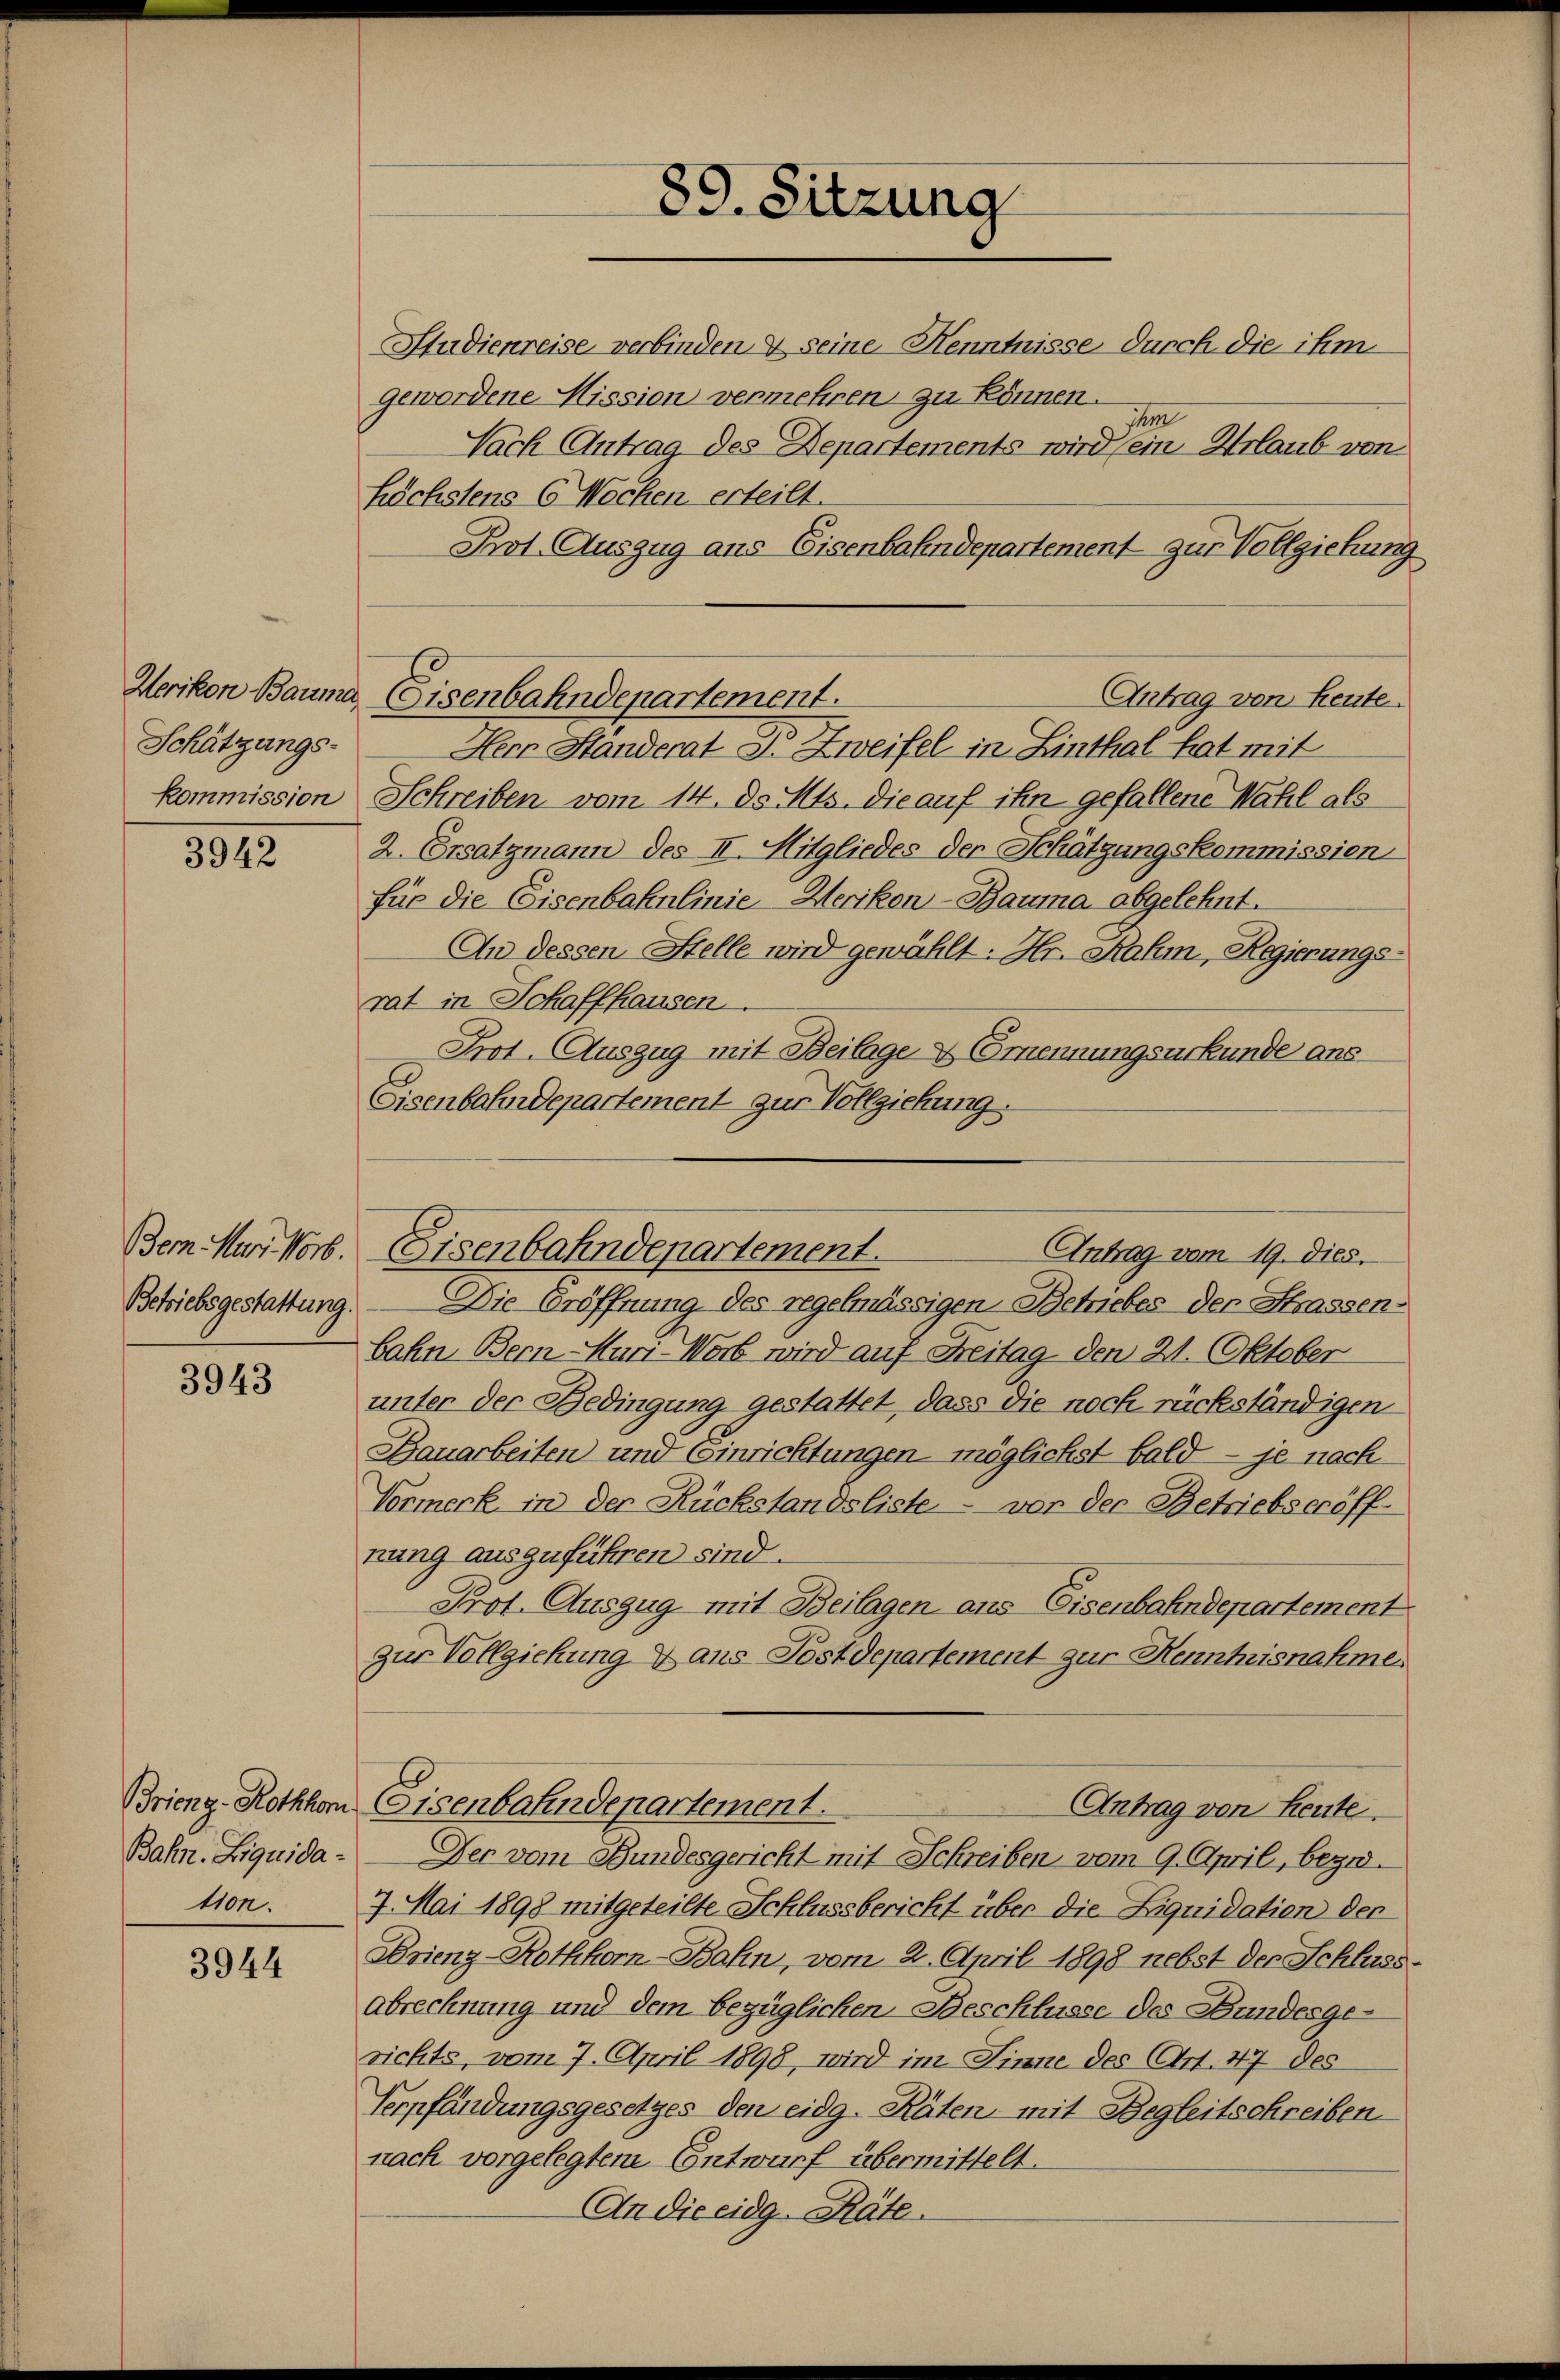
Werikon Bauma,
Schätzungs-

3942

Bern. Nur Norb.
Betriebsgestattung.

3943

Brieng-Rothkom
Bahn. Liquidation.

3944

Studienreise verbinden & seine Kenntnisse durch die ihm
gewordene Mission vermehren zu können.
sem
Nach Antrag des Departements wird ein Urlaub von
höchstens 6 Wochen erteilt.
Prot. Auszug aus Eisenbahndepartement zur Vollziehung
Herr Ständerat Dr Zweifel in Linthal hat mit
kommission Schreiben vom 14. d. Mts. die auf ihn gefallene Wahl als
2. Ersatzmann des II. Mitgliedes der Schätzungskommissien
für die Eisenbahnlinie Heriken-Bauma abgelehnt.
An dessen Stelle wird gewählt: Hr. Rahm, Regierungs-
rat in Schaffhausen.
Prot. Auszug mit Beilage & Brennungsurkunde ans
Eisenbahndepartement zur Vollziehung.
Die Eröffnung des regelmässigen Betriebes der Strassen-
bahn Bern-Huri-Worb wird auf Freitag, den 21. Oktober
unter der Bedingung gestattet, dass die noch rückständigen
Bauarbeiten und Einrichtungen möglichst bald - je nach
Vormerk in der Rückstandsliste - vor der Betriebseröff-
nung auszuführen sind.
Prot. Auszug mit Beilagen aus Eisenbahndepartement
zur Vollziehung & ans Postdepartement zur Kenntnisnahme.
Eisenbahndepartement.
Antrag von Leute.
Der vom Bundesgericht mit Schreiben vom 9. April, bezw.
7. Mai 1898 mitgeteilte Schlussbericht über die Liquidation der
Ferienz-Rothkorn-Bahn, vom 2. April 1898 nebst der Schluss
Abrechnung und dem bezüglichen Beschlüsse des Bundesgesichts, vom 7. April 1898, wird im Sinne des (Art. 47 des
Verpfändungsgesetzes den eidg. Räten, mit Begleitschreiben
nach vorgelegtem Entwurf übermittelt.
An die eidg. Räte.

89. Sitzung

Eisenbahndepartement.
Antrag von heute.

Eisenbahndepartement.
Antrag vom 19. dies.